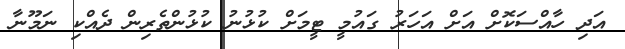
އަދި ހާއްސަކޮށް އަށް އަހަރު ގައުމީ ޓީމަށް ކުޅުނު ކުޅުންތެރިން ދެއްކި ނަމޫނާ